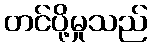
တင်ပို့မှုသည်